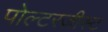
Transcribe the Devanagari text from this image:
पोल्टरजीस्ट